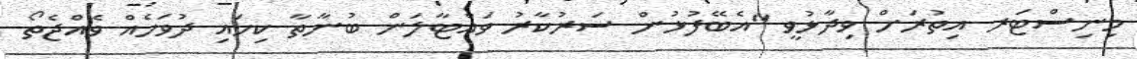
މިނިސްޓަރ އިތުރަށް ވިދާޅުވީ "އެބޭފުޅުން ސަރުކާރު ވައްޓާލަން ބުނާތާ ކިހައި ދުވަހެއް ވެއްޖެތޯ